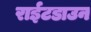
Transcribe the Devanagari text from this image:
राईटडाउन